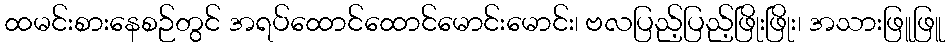
ထမင်းစားနေစဉ်တွင် အရပ်ထောင်ထောင်မောင်းမောင်း၊ ဗလပြည့်ပြည့်ဖြိုးဖြိုး၊ အသားဖြူဖြူ